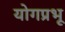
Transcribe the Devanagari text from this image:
योगप्रभू